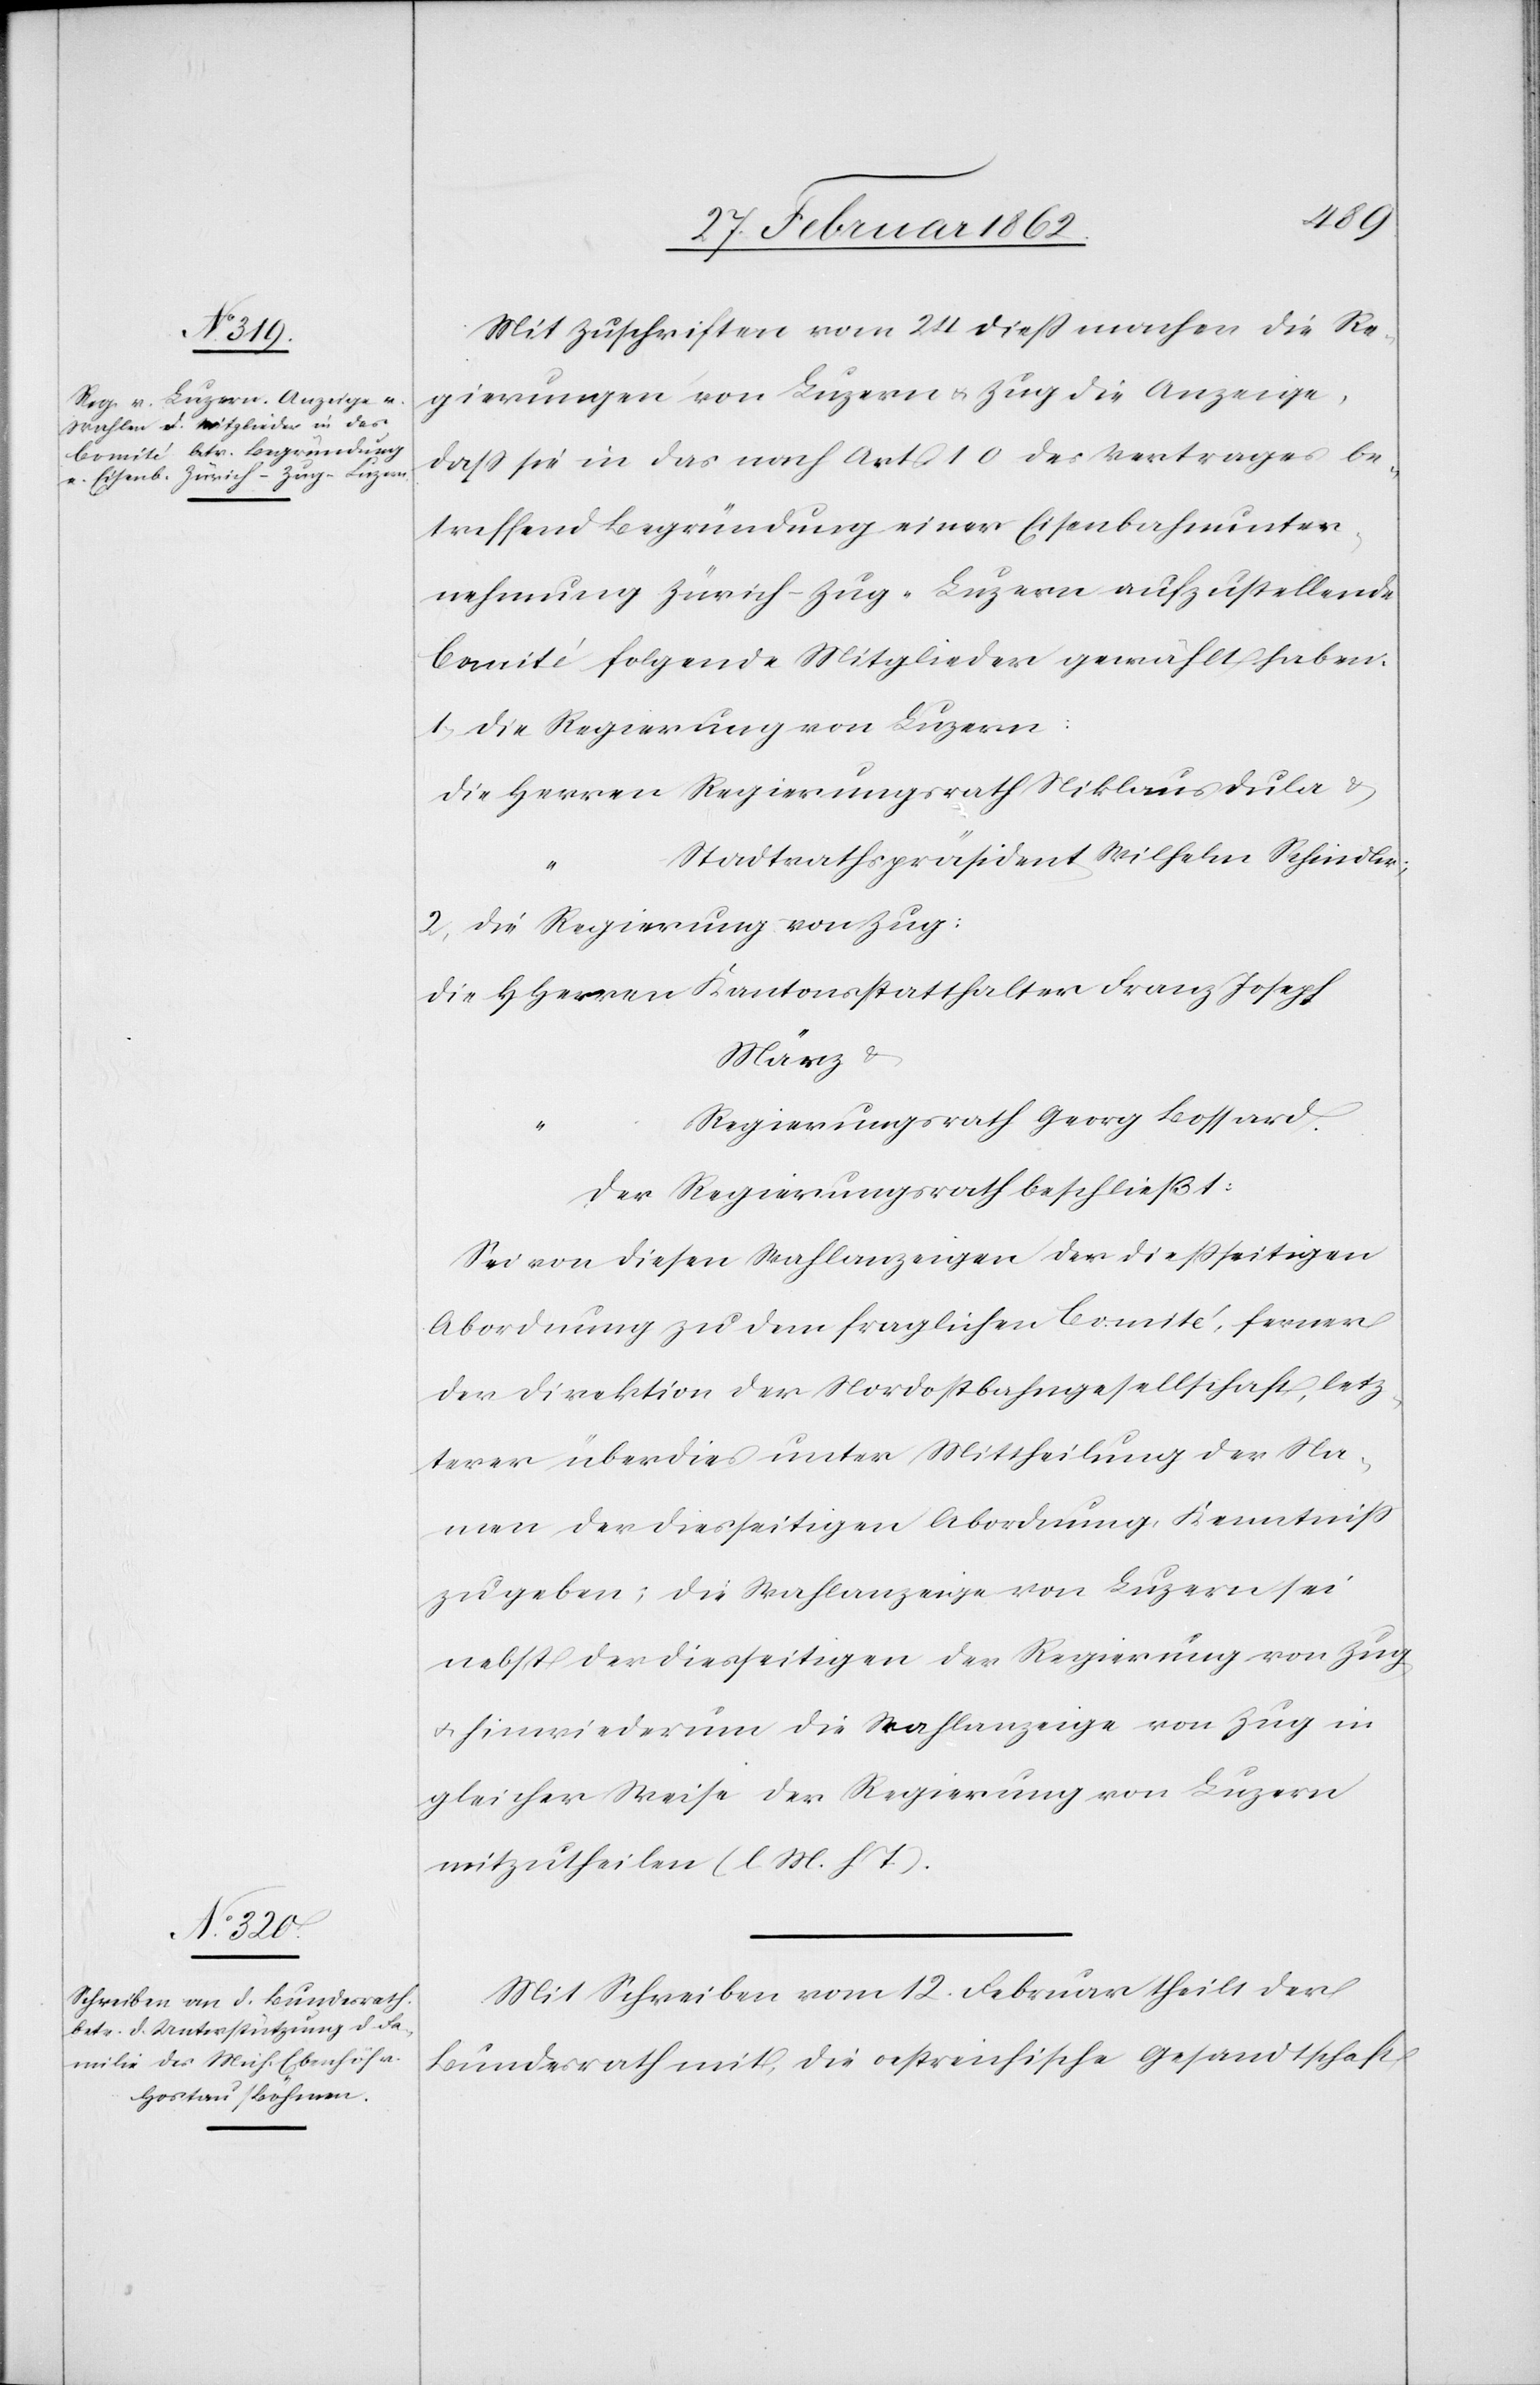
Mit Zuschrift vom 24 dieß machen die Re¬
gierungen von Luzern u. Zug die Anzeige,
daß sie in das nach Art. 10 des Vertrages be¬
treffend Begründung einer Eisenbahnunter¬
nehmung Zürich–Zug–Luzern aufzustellende
Comité folgende Mitglieder gewählt haben:
1) Die Regierung von Luzern:
Die Herren Regierungsrath Niklaus Dula &
Stadtrathspräsident Wilhelm Schindler;
2) Die Regierung von Zug:
Die HHerren Kantonsstatthalter Franz Joseph
März &
Regierungsrath Georg Bossard.
Der Regierungsrath beschließt:
Sei von diesen Wahlanzeigen der dießseitigen
Abordnung zu dem fraglichen Comité, ferner
der Direktion der Nordostbahngesellschaft, letz¬
terer überdies unter Mittheilung der Na¬
men der diesseitigen Abordnung, Kenntniß
zu geben; die Wahlanzeige von Luzern sei
nebst der diesseitigen der Regierung von Zug
u. hinwiederum die Wahlanzeige von Zug in
gleicher Weise der Regierung von Luzern
mitzutheilen (l. M. h. T).
Mit Schreiben vom 12. Februar theilt der
Bundesrath mit, die oestreichische Gesandtschaft